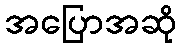
အပြောအဆို